Sketch of the medical history of the native army of Bombay, for the year
Year: 1872
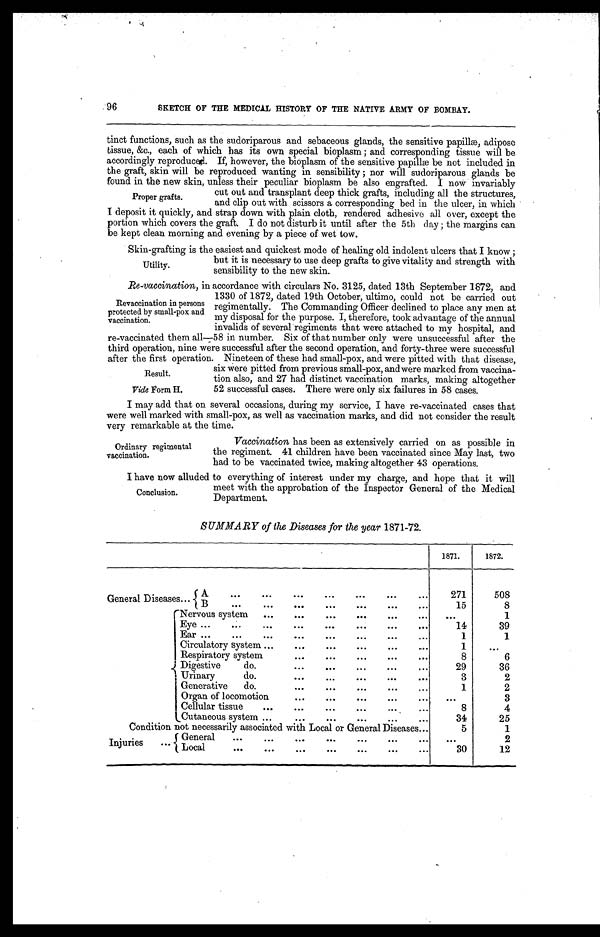
96
SKETCH OF THE MEDICAL HISTORY OF THE NATIVE ARMY OF BOMBAY.
tinct functions, such as the sudoriparous and sebaceous glands, the sensitive papillæ, adipose
tissue, &c., each of which has its own special bioplasm; and corresponding tissue will be
accordingly reproduced. If, however, the bioplasm of the sensitive papillæ be not included in
the graft, skin will be reproduced wanting in sensibility; nor will sudoriparous glands be
found in the new skin, unless their peculiar bioplasm be also engrafted. I now invariably
cut out and transplant deep thick grafts, including all the structures,
and clip out with scissors a corresponding bed in the ulcer, in which
I deposit it quickly, and strap down with plain cloth, rendered adhesive all over, except the
portion which covers the graft. I do not disturb it until after the 5th day; the margins can
be kept clean morning and evening by a piece of wet tow.
Skin-grafting is the easiest and quickest mode of healing old indolent ulcers that I know;
but it is necessary to use deep grafts to give vitality and strength with
sensibility to the new skin.
Re-vaccination, in accordance with circulars No. 3125, dated 13th September 1872, and
1330 of 1872, dated 19th October, ultimo, could not be carried out
regimentally. The Commanding Officer declined to place any men at
my disposal for the purpose. I, therefore, took advantage of the annual
invalids of several regiments that were attached to my hospital, and
re-vaccinated them all—58 in number. Six of that number only were unsuccessful after the
third operation, nine were successful after the second operation, and forty-three were successful
after the first operation. Nineteen of these had small-pox, and were pitted with that disease,
six were pitted from previous small-pox, and were marked from vaccina
-
tion also, and 27 had distinct vaccination marks, making altogether
52 successful cases. There were only six failures in 58 cases.
I may add that on several occasions, during my service, I have re-vaccinated cases that
were well marked with small-pox, as well as vaccination marks, and did not consider the result
very remarkable at the time.
Proper grafts.
Revaccination in persons
protected by small-pox and
vaccination.
Result.
Vide Form H.
Ordinary regimental
vaccination.
Vaccination has been as extensively carried on as possible in
the regiment. 41 children have been vaccinated since May last, two
had to be vaccinated twice. making altogether 43 operations.
I have now alluded to everything of interest under my charge, and hope that it will
meet with the approbation of the Inspector General of the Medical
Department.
SUMMARY of the Diseases for the year 1871-72.
1871.
1872.
General Diseases . . .
A
.
.
.
2 7 1
5 0 8
B . . .
15
8
Nervous system . . .
. . .
1
Eye
.
.
.
14
39
Ear
.
.
.
1
1
Circulatory system . . .
1
. . .
Respiratory system . . .
8
6
Digestive do. . . .
29
36
Urinary do. . . .
3
2
Generative do. . . .
1
2
Organ of locomotion . . .
. . .
3
Cellular tissue . . .
8
4
Cutaneous system . . .
34
25
Condition not necessarily associated with Local or General Diseases . . .
5
1
Injuries . . .
General
.
.
.
. . .
2
Local
.
.
.
30
12
Conclusion.